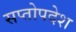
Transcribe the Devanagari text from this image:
सप्तोपदेश